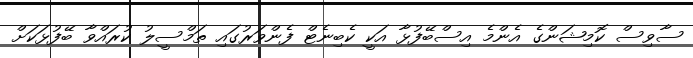
ސާވިސް ކޮމިޝަންގެ އެންމެ އިސްބޭފުޅާ އަކީ ކެބިނެޓް ފެންވަރުގައި ތަމްސީލު ކުރައްވާ ބޭފުޅަކަށް